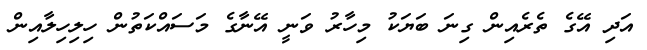
އަދި އޭގެ ތެރެއިން ގިނަ ބަޔަކު މިހާރު ވަނީ އޭނާގެ މަސައްކަތުން ހިލިހިލާއިން